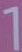
1